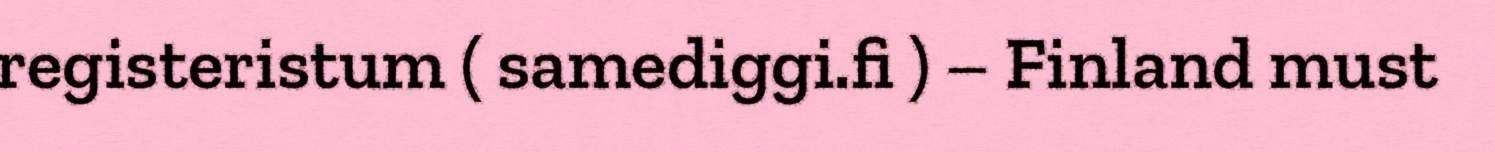
registeristum ( samediggi.fi ) – Finland must